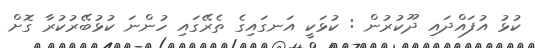
ކުޅު އުފައްދައި ދޫކުރުން : ކުޅަކީ އަނގައިގެ ތެރޭގައި ހުންނަ ކުޅުބޭރުކުރާ ގޮށް